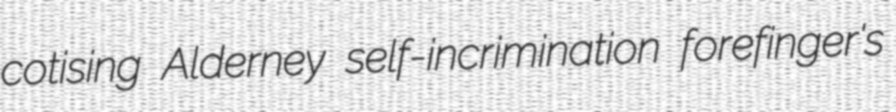
cotising Alderney self-incrimination forefinger's